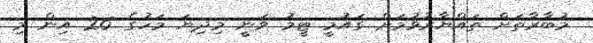
މުބާރާތަށް ތައްޔާރުވުމަށް ގައުމީ ޓީމު ވަނީ މިދިޔަ މަހުގެ 26 އިން މި